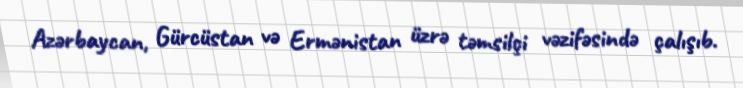
Azərbaycan, Gürcüstan və Ermənistan üzrə təmsilçi vəzifəsində çalışıb.